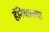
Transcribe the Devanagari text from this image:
हॅनिबालचा